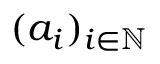
( a _ { i } ) _ { i \in \mathbb { N } }